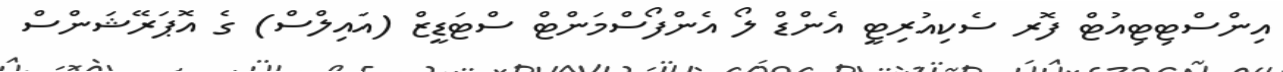
އިންސްޓިޓިއުޓް ފޮރ ސެކިއުރިޓީ އެންޑް ލޯ އެންފޯސްމަންޓް ސްޓަޑީޒް (އައިލްސް) ގެ އޮޕަރޭޝަންސް